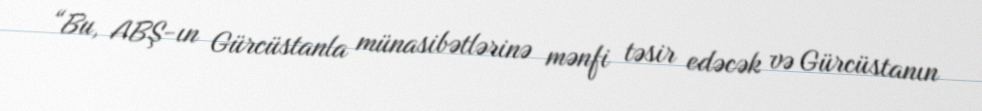
“Bu, ABŞ-ın Gürcüstanla münasibətlərinə mənfi təsir edəcək və Gürcüstanın